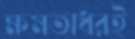
ক্ষমতাধরই